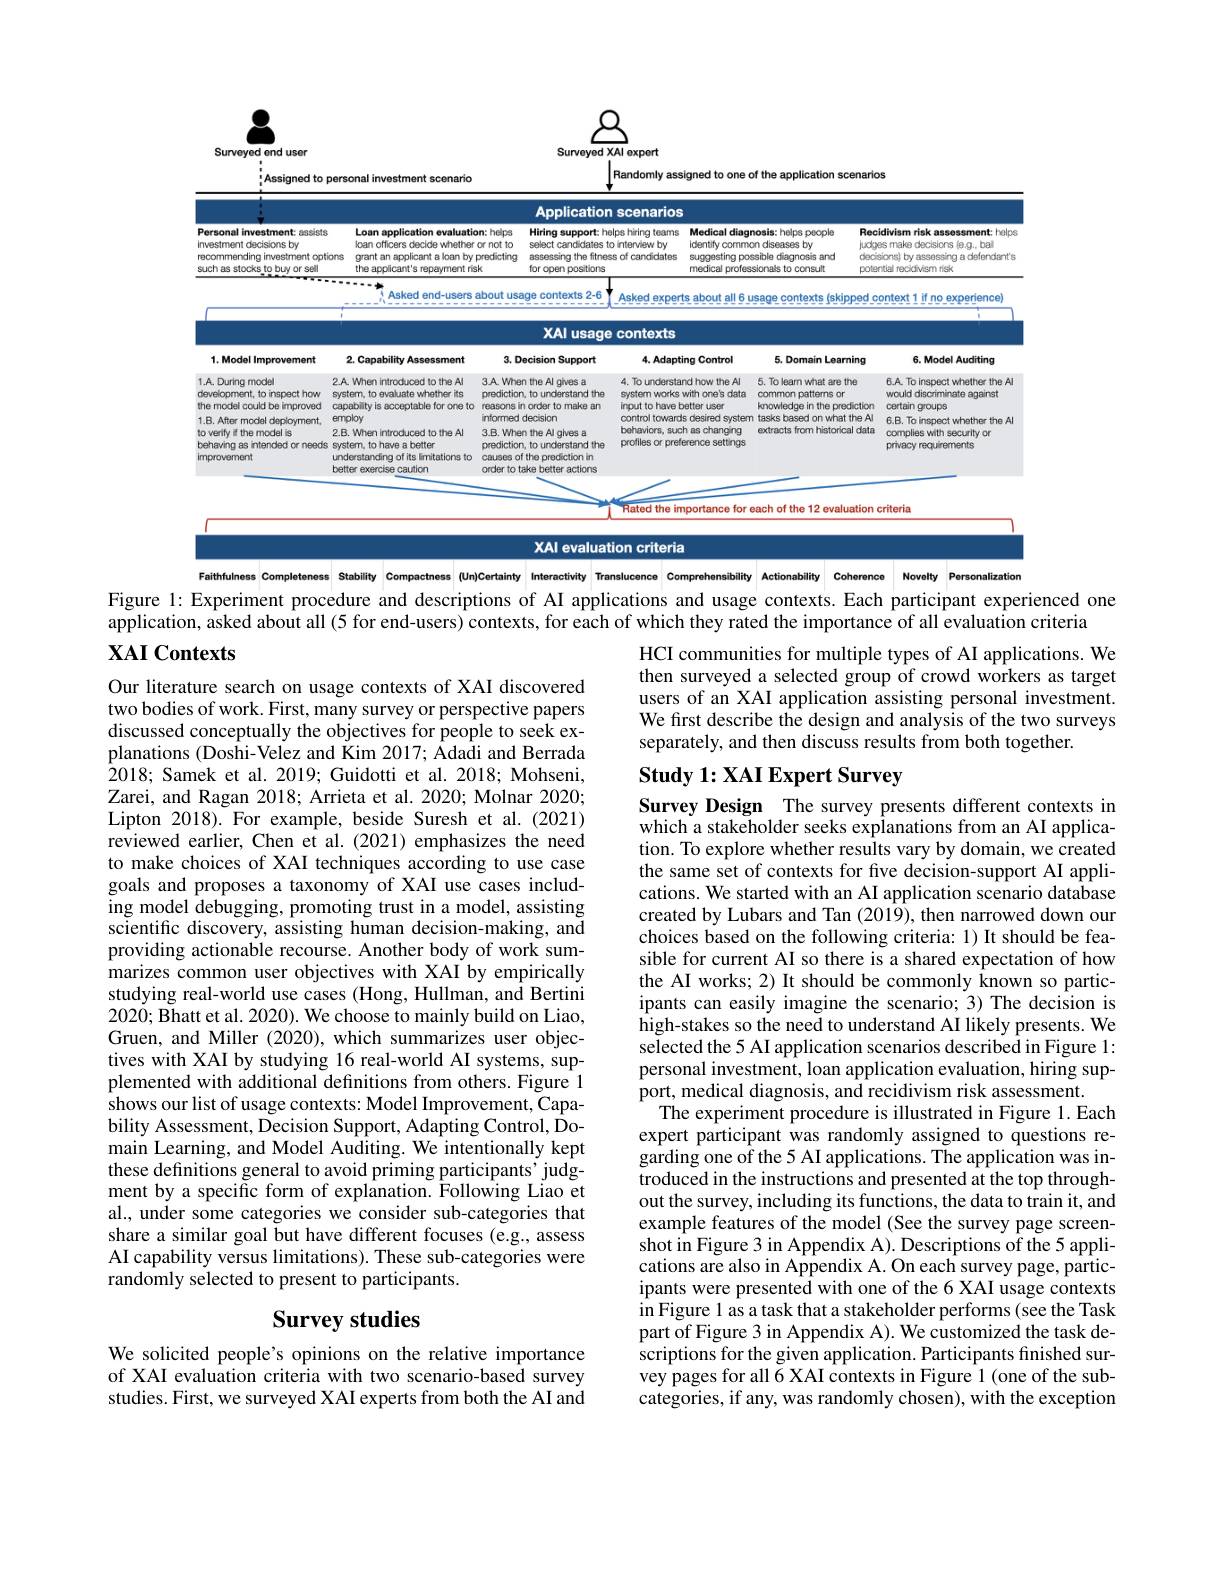
<FigureHere>

<FigureHere>

Randomly assigned

one of the application scenarios

i Assigned to personal investment scenario
<FigureHere>

Figure 1: Experiment procedure and descriptions of AI applications and usage contexts. Each participant experienced one

application, asked about all (5 for end-users) contexts, for each of which they rated the importance of all evaluation criteria

## XAI Contexts

HCI communities for multiple types of AI applications. We then surveyed a selected group of crowd workers as target users of an XAI application assisting personal investment. We first describe the design and analysis of the two surveys separately, and then discuss results from both together.

## Study 1: XAI Expert Survey

Our literature search on usage contexts of XAI discovered two bodies of work. First, many survey or perspective papers discussed conceptually the objectives for people to seek explanations (Doshi-Velez and Kim 2017; Adadi and Berrada 2018; Samek et al. 2019; Guidotti et al. 2018; Mohseni, Zarei, and Ragan 2018; Arrieta et al. 2020; Molnar 2020; Lipton 2018). For example, beside Suresh et al.(2021) reviewed earlier, Chen et al.(2021) emphasizes the need to make choices of XAI techniques according to use case goals and proposes a taxonomy of XAI use cases including model debugging, promoting trust in a model, assisting scientific discovery, assisting human decision-making, and providing actionable recourse. Another body of work summarizes common user objectives with XAI by empirically studying real-world use cases (Hong, Hullman, and Bertini 2020; Bhatt et al. 2020). We choose to mainly build on Liao, Gruen, and Miller (2020), which summarizes user objectives with XAI by studying 16 real-world AI systems, supplemented with additional definitions from others. Figure 1 shows our list of usage contexts: Model Improvement, Capability Assessment, Decision Support, Adapting Control, Domain Learning, and Model Auditing. We intentionally kept these definitions general to avoid priming participants' judgment by a specific form of explanation. Following Liao et al., under some categories we consider sub-categories that share a similar goal but have different focuses (e.g., assess AI capability versus limitations). These sub-categories were randomly selected to present to participants.

Survey Design The survey presents different contexts in which a stakeholder seeks explanations from an AI application. To explore whether results vary by domain, we created the same set of contexts for five decision-support AI applications. We started with an AI application scenario database created by Lubars and Tan (2019), then narrowed down our choices based on the following criteria: 1) It should be feasible for current AI so there is a shared expectation of how the AI works; 2) It should be commonly known so participants can easily imagine the scenario; 3) The decision is high-stakes so the need to understand AI likely presents. We selected the 5 AI application scenarios described in Figure 1: personal investment, loan application evaluation, hiring support, medical diagnosis, and recidivism risk assessment.
The experiment procedure is illustrated in Figure 1.Each expert participant was randomly assigned to questions regarding one of the 5 AI applications. The application was introduced in the instructions and presented at the top throughout the survey, including its functions, the data to train it, and example features of the model (See the survey page screenshot in Figure 3 in Appendix A). Descriptions of the 5 applications are also in Appendix A. On each survey page, participants were presented with one of the 6 XAI usage contexts in Figure l as a task that a stakeholder performs (see the Task part of Figure 3 in Appendix A). We customized the task descriptions for the given application. Participants finished survey pages for all 6 XAI contexts in Figure 1 (one of the subcategories, if any, was randomly chosen), with the exception

# Survey studies

We solicited people's opinions on the relative importance of XAI evaluation criteria with two scenario-based survey studies. First, we surveyed XAI experts from both the AI and